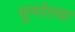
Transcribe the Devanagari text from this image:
पूर्णातया